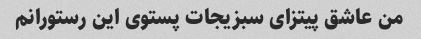
من عاشق پیتزای سبزیجات پستوی این رستورانم